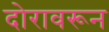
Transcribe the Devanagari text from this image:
दोरावरून